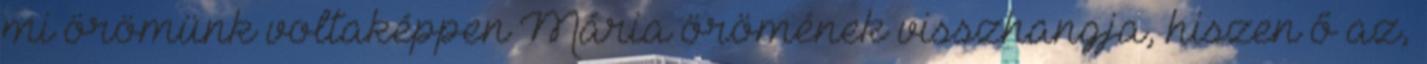
mi örömünk voltaképpen Mária örömének visszhangja, hiszen ő az,